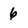
Character: 6